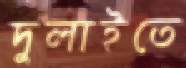
দুলাইতে